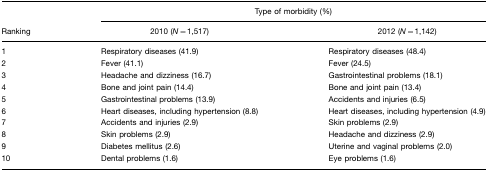
<table><thead><tr><td></td><td colspan="2"><b>Type of morbidity (%)</b></td></tr><tr><td><b>Ranking</b></td><td><b>2010 (<i>N</i>=1,517)</b></td><td><b>2012 (<i>N</i>=1,142)</b></td></tr></thead><tbody><tr><td>1</td><td>Respiratory diseases (41.9)</td><td>Respiratory diseases (48.4)</td></tr><tr><td>2</td><td>Fever (41.1)</td><td>Fever (24.5)</td></tr><tr><td>3</td><td>Headache and dizziness (16.7)</td><td>Gastrointestinal problems (18.1)</td></tr><tr><td>4</td><td>Bone and joint pain (14.4)</td><td>Bone and joint pain (13.4)</td></tr><tr><td>5</td><td>Gastrointestinal problems (13.9)</td><td>Accidents and injuries (6.5)</td></tr><tr><td>6</td><td>Heart diseases, including hypertension (8.8)</td><td>Heart diseases, including hypertension (4.9)</td></tr><tr><td>7</td><td>Accidents and injuries (2.9)</td><td>Skin problems (2.9)</td></tr><tr><td>8</td><td>Skin problems (2.9)</td><td>Headache and dizziness (2.9)</td></tr><tr><td>9</td><td>Diabetes mellitus (2.6)</td><td>Uterine and vaginal problems (2.0)</td></tr><tr><td>10</td><td>Dental problems (1.6)</td><td>Eye problems (1.6)</td></tr></tbody></table>